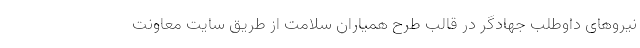
نیروهای داوطلب جهادگر در قالب طرح همیاران سلامت از طریق سایت معاونت